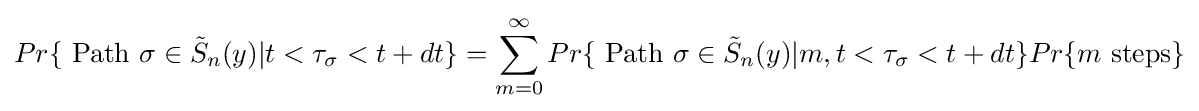
Pr\{{\hbox{ Path }}\sigma \in {\tilde {S}}_{n}(y)|t<\tau _{\sigma }<t+dt\}=\sum _{m=0}^{\infty }Pr\{{\hbox{ Path }}\sigma \in {\tilde {S}}_{n}(y)|m,t<\tau _{\sigma }<t+dt\}Pr\{m{\mbox{ steps}}\}